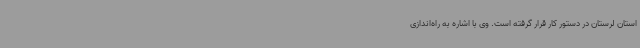
استان لرستان در دستور کار قرار گرفته است. وی با اشاره به راه‌اندازی